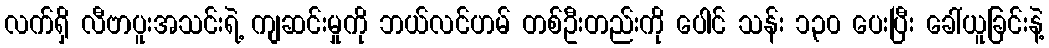
လက်ရှိ လီဗာပူးအသင်းရဲ့ ကျဆင်းမှုကို ဘယ်လင်ဟမ် တစ်ဦးတည်းကို ပေါင် သန်း ၁၃၀ ပေးပြီး ခေါ်ယူခြင်းနဲ့